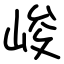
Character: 峻